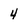
Character: 4